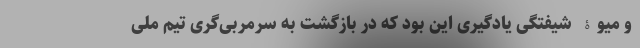
و میوۀ شیفتگی یادگیری این بود که در بازگشت به سرمربی‌گری تیم ملی